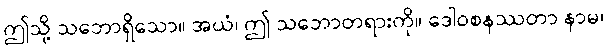
ဤသို့ သဘောရှိသော။ အယံ၊ ဤ သဘောတရားကို။ ဒေါဝစနဿတာ နာမ၊